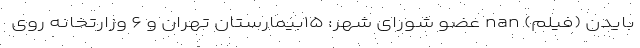
بایدن (فیلم) nan عضو شورای شهر: ۱۵بیمارستان تهران و ۶ وزارتخانه روی